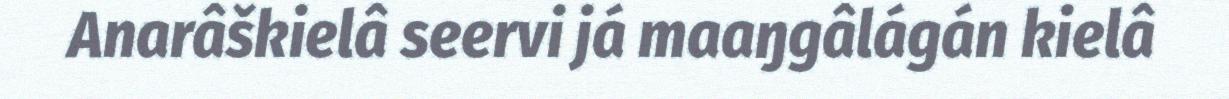
Anarâškielâ seervi já maaŋgâlágán kielâ